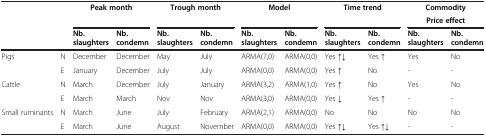
<table><thead><tr><td rowspan="2"><b> </b></td><td rowspan="2"><b> </b></td><td rowspan="2" colspan="2"><b>Peak month</b></td><td rowspan="2" colspan="2"><b>Trough month</b></td><td rowspan="2" colspan="2"><b>Model</b></td><td rowspan="2" colspan="2"><b>Time trend</b></td><td colspan="2"><b>Commodity</b></td></tr><tr><td colspan="2"><b>Price effect</b></td></tr><tr><td><b> </b></td><td><b> </b></td><td><b>Nb. slaughters</b></td><td><b>Nb. condemn</b></td><td><b>Nb. slaughters</b></td><td><b>Nb. condemn</b></td><td><b>Nb. slaughters</b></td><td><b>Nb. condemn</b></td><td><b>Nb. slaughters</b></td><td><b>Nb. condemn</b></td><td><b>Nb. slaughters</b></td><td><b>Nb. condemn</b></td></tr></thead><tbody><tr><td rowspan="2">Pigs</td><td>N</td><td>December</td><td>December</td><td>May</td><td>July</td><td>ARMA(7,0)</td><td>ARMA(0,0)</td><td>Yes ↑↓</td><td>Yes ↑</td><td>Yes</td><td>No</td></tr><tr><td>E</td><td>January</td><td>December</td><td>July</td><td>July</td><td>ARMA(0,0)</td><td>ARMA(0,0)</td><td>Yes ↑</td><td>No</td><td>-</td><td>-</td></tr><tr><td rowspan="2">Cattle</td><td>N</td><td>March</td><td>December</td><td>July</td><td>January</td><td>ARMA(3,2)</td><td>ARMA(1,0)</td><td>Yes ↑</td><td>No</td><td>Yes</td><td>No</td></tr><tr><td>E</td><td>March</td><td>March</td><td>Nov</td><td>Nov</td><td>ARMA(3,0)</td><td>ARMA(0,0)</td><td>Yes ↓</td><td>Yes ↑</td><td>-</td><td>-</td></tr><tr><td rowspan="2">Small ruminants</td><td>N</td><td>March</td><td>June</td><td>July</td><td>February</td><td>ARMA(2,1)</td><td>ARMA(0,0)</td><td>No</td><td>No</td><td>No</td><td>No</td></tr><tr><td>E</td><td>March</td><td>June</td><td>August</td><td>November</td><td>ARMA(0,0)</td><td>ARMA(0,0)</td><td>Yes ↑↓</td><td>Yes ↑↓</td><td>-</td><td>-</td></tr></tbody></table>